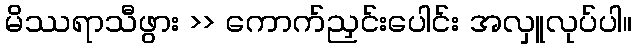
မိဿရာသီဖွား >> ကောက်ညှင်းပေါင်း အလှူလုပ်ပါ။